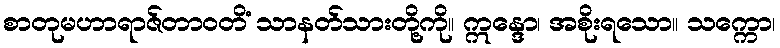
စာတုမဟာရာဇ်တာဝတိံ သာနတ်သားတို့ကို။ ဣန္ဒော၊ အစိုးရသော။ သက္ကော၊